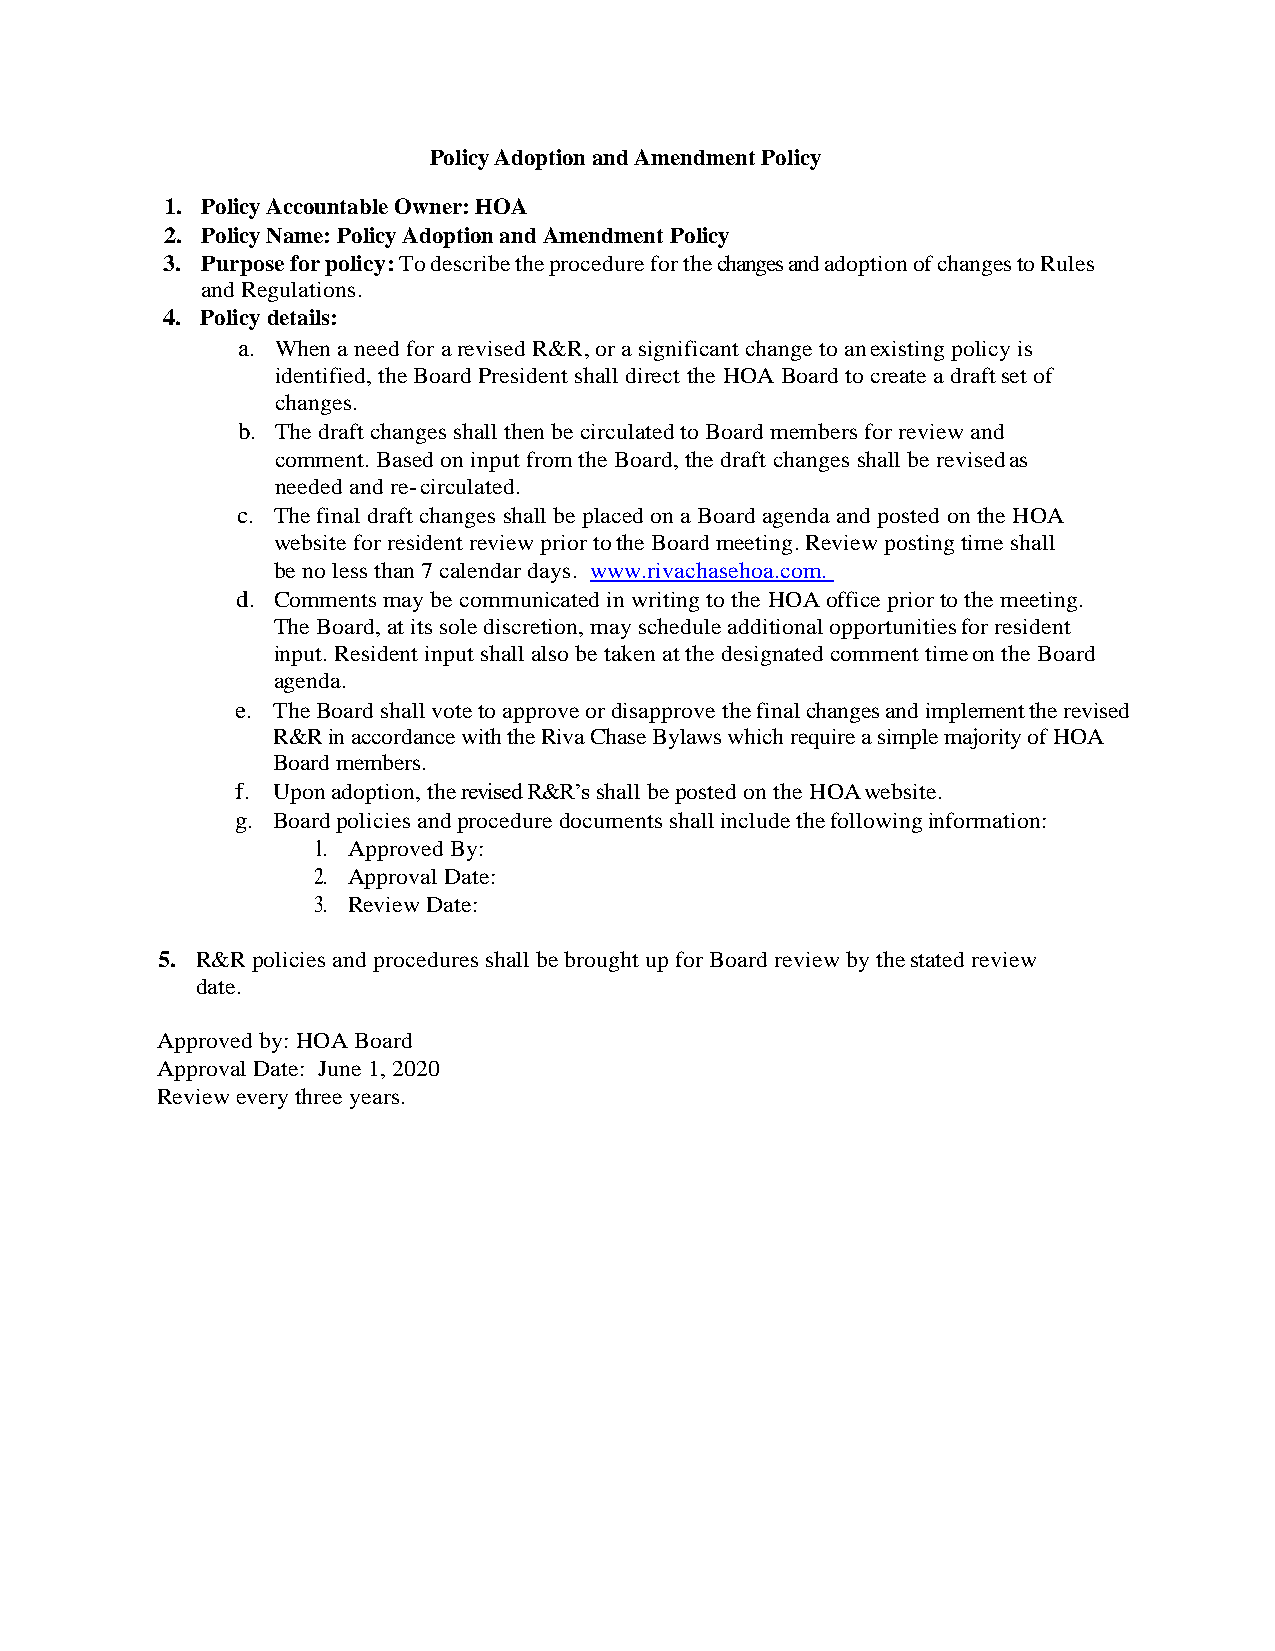
Policy Adoption and Amendment Policy
 1. Policy Accountable Owner: HOA
 2. Policy Name: Policy Adoption and Amendment Policy
 3. Purpose for policy: To describe the procedure for the changes and adoption of changes to Rules
 and Regulations.
 4. Policy details:
 a. When a need for a revised R&R, or a significant change to an existing policy is
 identified, the Board President shall direct the HOA Board to create a draft set of
 changes.
 b. The draft changes shall then be circulated to Board members for review and
 comment. Based on input from the Board, the draft changes shall be revised as
 needed and re- circulated.
 c. The final draft changes shall be placed on a Board agenda and posted on the HOA
 website for resident review prior to the Board meeting. Review posting time shall
 be no less than 7 calendar days. www.rivachasehoa.com.
 d. Comments may be communicated in writing to the HOA office prior to the meeting.
 The Board, at its sole discretion, may schedule additional opportunities for resident
 input. Resident input shall also be taken at the designated comment time on the Board
 agenda.
 e. The Board shall vote to approve or disapprove the final changes and implement the revised
 R&R in accordance with the Riva Chase Bylaws which require a simple majority of HOA
 Board members.
 f. Upon adoption, the revised R&R’s shall be posted on the HOA website.
 g. Board policies and procedure documents shall include the following information:
 1. Approved By:
 2. Approval Date:
 3. Review Date:
 5. R&R policies and procedures shall be brought up for Board review by the stated review
 date.
 Approved by: HOA Board
 Approval Date: June 1, 2020
 Review every three years.